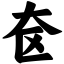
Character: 奁